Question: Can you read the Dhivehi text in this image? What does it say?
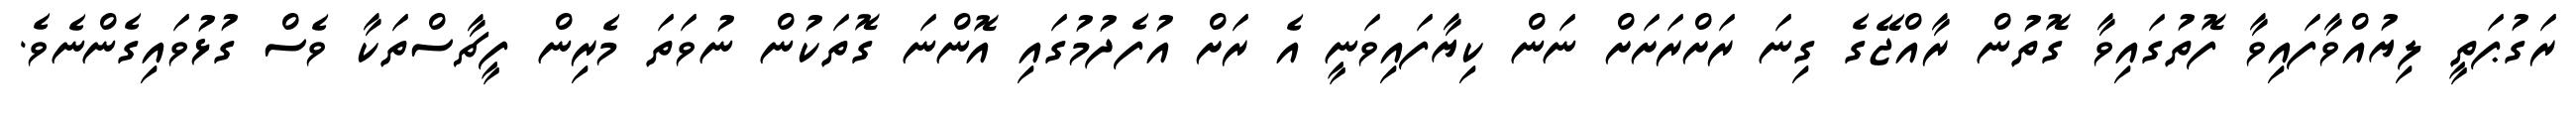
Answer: ރަގުޕަތީ ލިޔުއްވާފައިވާ ފޮތުގައިވާ ގޮތުން ރާއްޖޭގެ ގިނަ ރަށްރަށަށް ނަން ކިޔާފައިވަނީ އެ ރަށް އުފެދުމުގައި އޮންނަ ގޮތަކުން ނުވަތަ މެރިން ފީޗާސްތަކާ ވެސް ގުޅުވައިގެންނެވެ.